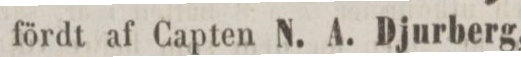
fördt af Capten N. A. Djurberg,